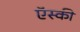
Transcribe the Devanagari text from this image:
ऍस्की